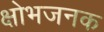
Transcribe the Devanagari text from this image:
क्षोभजनक